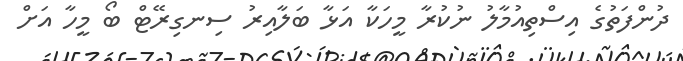
ދުންފަތުގެ އިސްތިއުމާލު ނުކުރާ މީހަކާ އަޅާ ބަލާއިރު ސިނގިރޭޓް ބޯ މީހާ އަށް